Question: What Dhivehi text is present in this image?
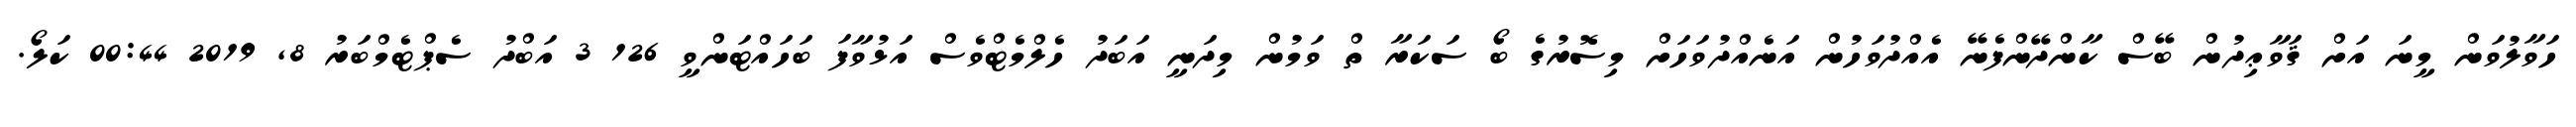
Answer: ހަވާލުވަން މީނަ އަށް ޤަވާޢިދުން ބޭސް ކާންދޭންފެނޭ އެއްދުވަހުން އަނެއްދުވަހަށް މިސޮރުގެ ބޯ ސަކަރާ ތް ވަމުން މިދަނީ އަބަދު ހެލްމެޓްވެސް އަޅުވާފަ ބަހައްޓަންވީ 126 3 އަބްދު ސެޕްޓެމްބަރު 8, 2019 00:44 ކަލޯ.